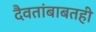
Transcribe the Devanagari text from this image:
दैवतांबाबतही